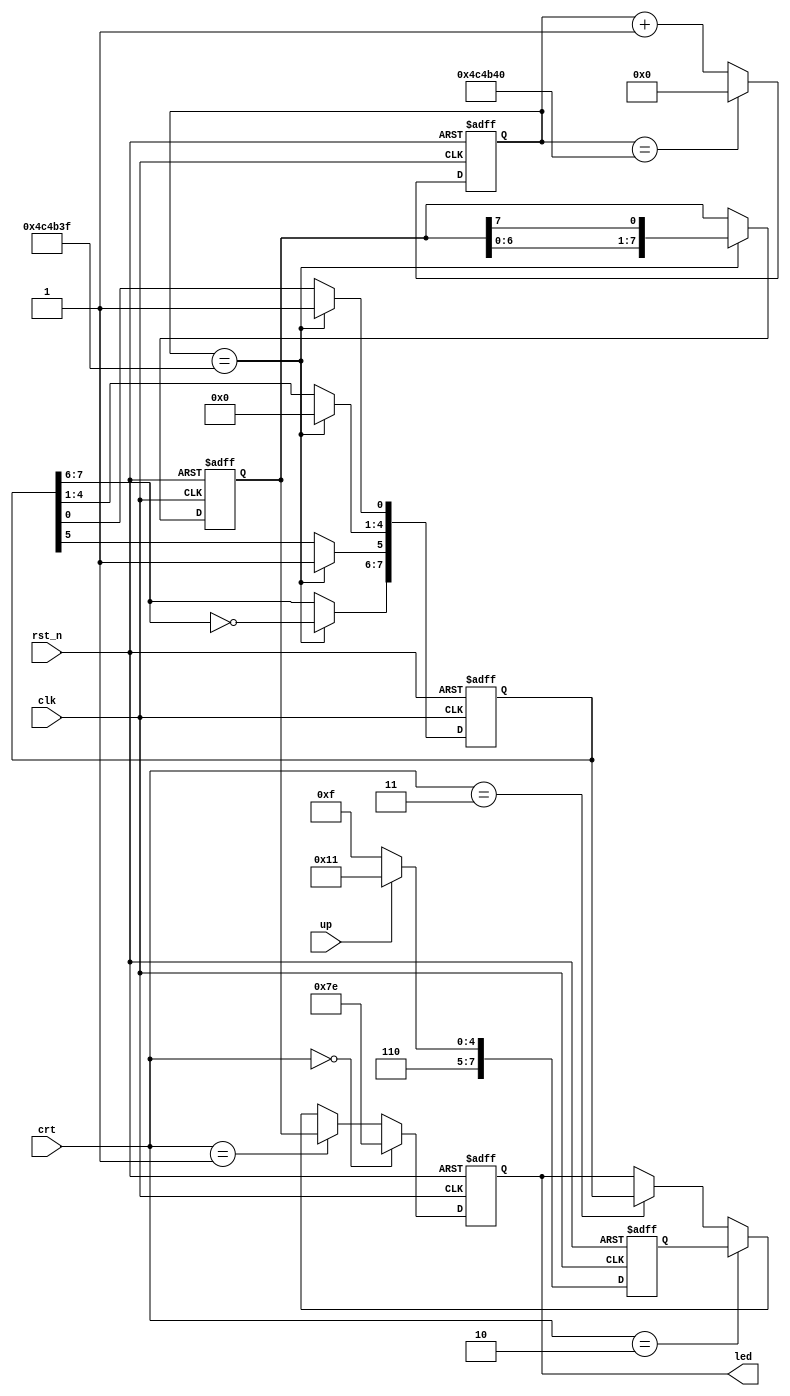
module led_crt(
	input               clk  ,  //
    input               rst_n,  //
	input [1:0]         crt,	//
	input up,					//LED
    output reg [7:0]  led       //led
);
	reg [31:0] timer;
	reg [7:0] led_3;			//LED
	reg [7:0] led_2;
	reg [7:0] led_1;
	parameter [7:0] led_0 = 8'b0111_1110;
	parameter CLK_FREQ = 50000000;
//	
always @(posedge clk or negedge rst_n)
 begin
    if (~rst_n)
        timer <= 0;
	 else if(timer == CLK_FREQ/10) 
		timer <= 0;
    else
        timer <= timer + 1'b1;
end
//
always @(posedge clk or negedge rst_n) 
begin
    if (~rst_n)
        led_1 <= 8'b1110_0111;
    else if(timer == CLK_FREQ/10-1)
        led_1[7:0] <= {led_1[6:0],led_1[7]};
    else 
        led_1 <= led_1;

end
//LED
always @(posedge clk or negedge rst_n) 
begin
    if (~rst_n)
        led_3 <= 8'b1111_1111;
    else if(timer == CLK_FREQ/10-1)
		begin
			led_3[7:6] <= ~led_3[7:6];
			led_3[4:1] <= 4'b0000;
			led_3[5] <= 1;
			led_3[0] <= 1;
		end
    else
        led_3 <= led_3;

end
//LED
always @(posedge clk or negedge rst_n)
begin
	if(~rst_n)
		led_2 <= 0;
	else if(up)
		led_2 <= 8'b1101_0001;
	else 
		led_2 <= 8'b1100_1111;
end

//LED
always @(posedge clk or negedge rst_n) 
begin
    if (~rst_n)
        led <= 8'b1111_1110;
    else if(crt == 2'b00)
        led <= led_0;
	 else if(crt == 2'b01)
        led <= led_1;
	 else if(crt == 2'b10)
        led <= led_2;
	 else if(crt == 2'b11)
        led <= led_3;
    else 
        led <= led;

end
endmodule